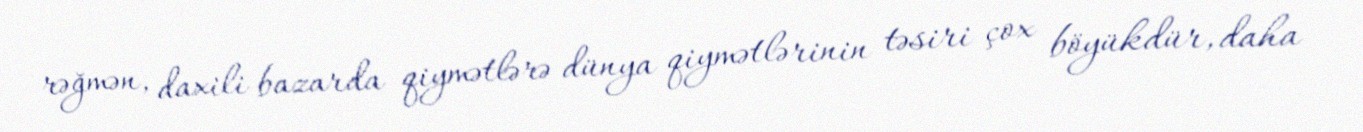
rəğmən, daxili bazarda qiymətlərə dünya qiymətlərinin təsiri çox böyükdür, daha